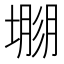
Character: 𡐐